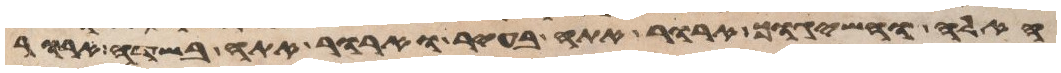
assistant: האלה והשיגוך ארור אתה בעיר וארור אתה בשדה ארור